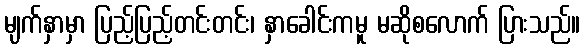
မျက်နှာမှာ ပြည့်ပြည့်တင်းတင်း၊ နှာခေါင်းကမူ မဆိုစလောက် ပြားသည်။